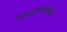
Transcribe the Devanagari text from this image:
नेपच्यूनपलिकडील